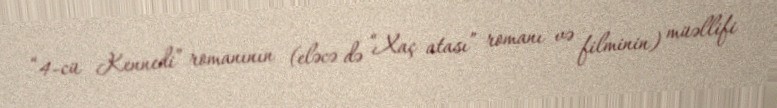
“4-cü Kennedi” romanının (eləcə də “Xaç atası” romanı və filminin) müəllifi